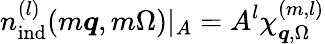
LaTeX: {n}_{\mathrm{ind}}^{(l)}(m\boldsymbol{q},m\Omega)|_{A}=A^{l}\chi_{\boldsymbol{q},\Omega}^{(m,l)}